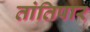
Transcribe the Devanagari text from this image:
तांतिपार